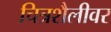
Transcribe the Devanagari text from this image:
चित्रशैलीवर